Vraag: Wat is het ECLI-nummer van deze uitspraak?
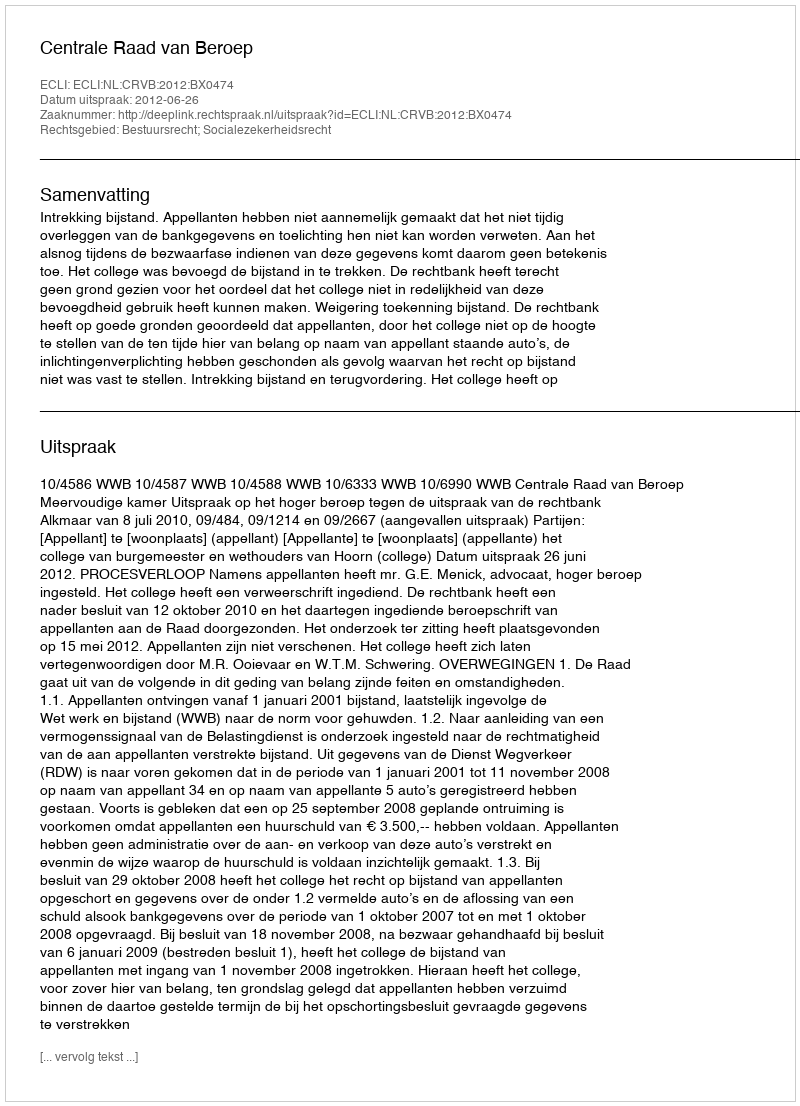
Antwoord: ECLI:NL:CRVB:2012:BX0474